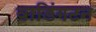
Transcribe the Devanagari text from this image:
वाडिंगटन